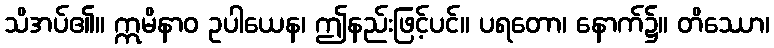
သိအပ်၏။ ဣမိနာဝ ဥပါယေန၊ ဤနည်းဖြင့်ပင်။ ပရတော၊ နောက်၌။ တိဿော၊